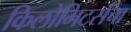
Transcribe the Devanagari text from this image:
किलोमिटर्सचा